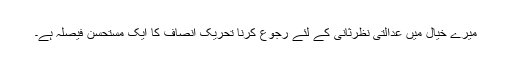
میرے خیال میں عدالتی نظرثانی کے لئے رجوع کرنا تحریک انصاف کا ایک مستحسن فیصلہ ہے۔